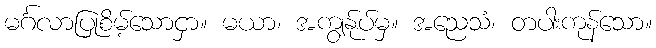
မင်္ဂလာပြုစိမ့်သောငှာ။ မယာ၊ အကျွန်ုပ်မှ။ အညေသံ၊ တပါးကုန်သော။